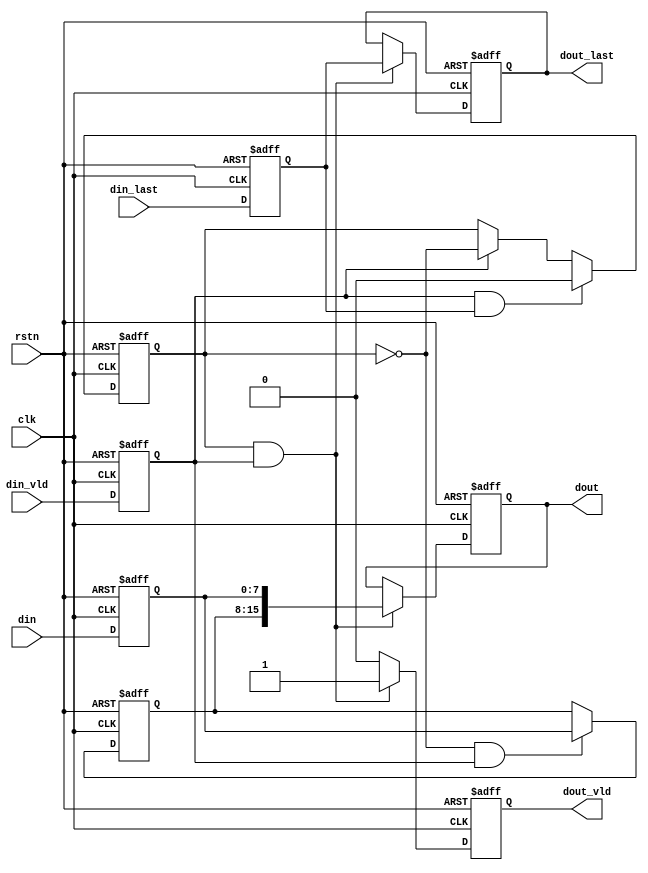
/*
*   Name  : simple_adapter, in width n, out width 2n
*   Origin: 231011
*   EE    : hel
*/
module simple_adapter#(
    parameter WIDTH_DIN = 8
)
(
     input  wire                 clk,
     input  wire                 rstn,

     input  wire                 din_vld,
     input  wire                 din_last,
     input  wire [WIDTH_DIN-1:0] din,
     
     output reg                  dout_vld,
     output reg                  dout_last,
     output reg  [2*WIDTH_DIN-1:0] dout
);
reg                 din_last_d1;
reg                 din_vld_d1;
reg [WIDTH_DIN-1:0] din_d1;
reg [WIDTH_DIN-1:0] din_d1_half;
reg                 tick;
reg                 last_align_d1;
always@(posedge clk or negedge rstn)begin
    if (!rstn) begin
        tick       <= 1'd0;
        din_vld_d1 <= 1'd0;
        din_d1     <= {(WIDTH_DIN-1){1'd0}};
        din_d1_half<= {(WIDTH_DIN-1){1'd0}};
        dout       <= {(2*WIDTH_DIN-1){1'd0}};
        dout_vld   <= 1'd0;
        din_last_d1 <= 1'd0;
	dout_last  <= 1'd0;
    end else begin
	din_last_d1<= din_last;
        din_vld_d1 <= din_vld;
        din_d1     <= din;
        if(din_vld_d1 && din_last_d1)begin
            tick    <= 1'd0;
        end else if(din_vld_d1)begin
            tick    <= ~tick;
        end
        if(tick==1'd0 && din_vld_d1==1'd1)begin
            din_d1_half <= din_d1;
        end
        if(tick==1'd1 && din_vld_d1==1'd1)begin
            dout        <= {din_d1_half,din_d1};
	    dout_last   <= din_last_d1;
            dout_vld    <= 1'd1;
        end else begin
            dout_vld    <= 1'd0;
        end
    end

end
endmodule